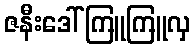
ဇနီးဒေါ်ကြူကြူလှ